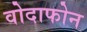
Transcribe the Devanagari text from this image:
वोदाफोन